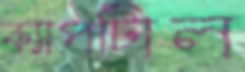
ক্যাপটািল